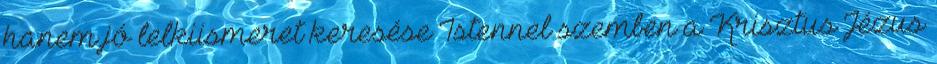
hanem jó lelkiismeret keresése Istennel szemben a Krisztus Jézus